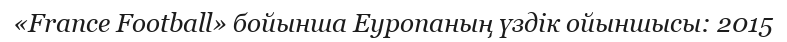
«France Football» бойынша Еуропаның үздік ойыншысы: 2015